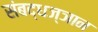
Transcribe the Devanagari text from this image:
संबद्धज्ञान